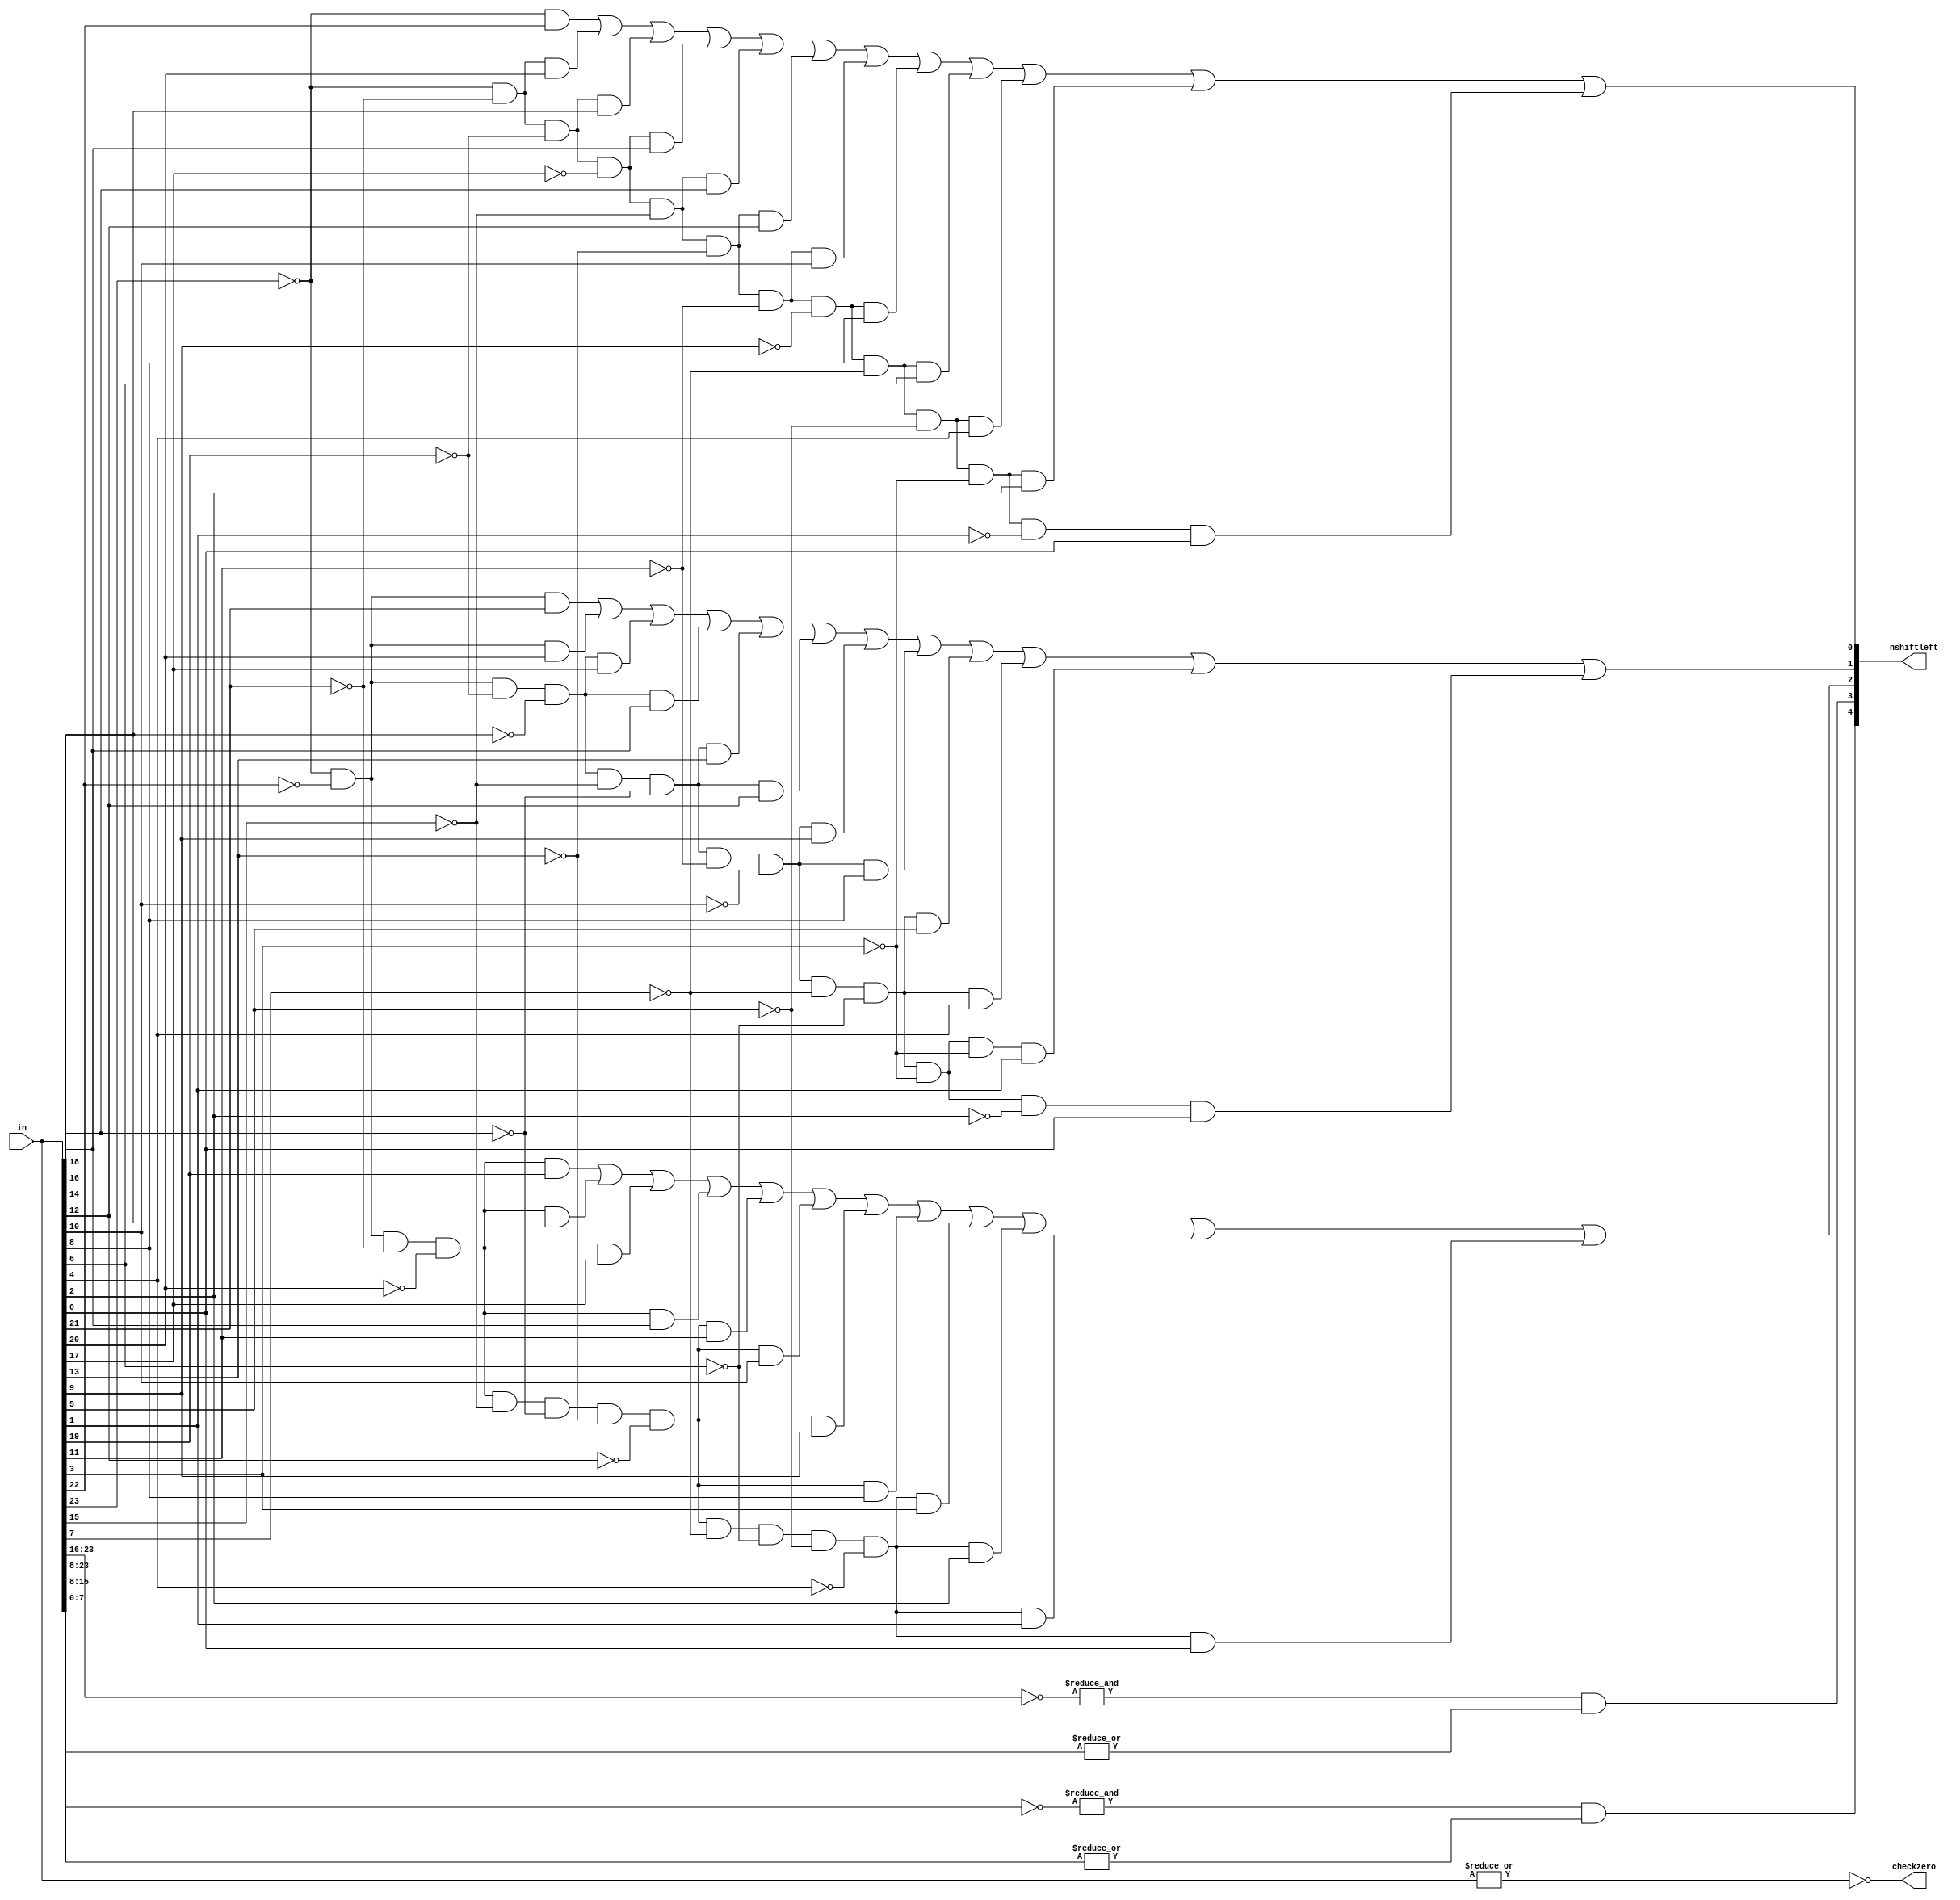
module find1(in, nshiftleft,checkzero);

input	[24:0] 	in;
output	[4:0]	nshiftleft;
output			checkzero;

assign 	checkzero = ~(|(in));
assign 	nshiftleft[0]=	 (~in[23]&in[22])
                        |(~in[23]&~in[21]&in[20])
						|(~in[23]&~in[21]&~in[19]&in[18])
						|(~in[23]&~in[21]&~in[19]&~in[17]&in[16])
						|(~in[23]&~in[21]&~in[19]&~in[17]&~in[15]&in[14])
						|(~in[23]&~in[21]&~in[19]&~in[17]&~in[15]&~in[13]&in[12])
						|(~in[23]&~in[21]&~in[19]&~in[17]&~in[15]&~in[13]&~in[11]&in[10])
						|(~in[23]&~in[21]&~in[19]&~in[17]&~in[15]&~in[13]&~in[11]&~in[9]&in[8])
						|(~in[23]&~in[21]&~in[19]&~in[17]&~in[15]&~in[13]&~in[11]&~in[9]&~in[7]&in[6])
						|(~in[23]&~in[21]&~in[19]&~in[17]&~in[15]&~in[13]&~in[11]&~in[9]&~in[7]&~in[5]&in[4])
						|(~in[23]&~in[21]&~in[19]&~in[17]&~in[15]&~in[13]&~in[11]&~in[9]&~in[7]&~in[5]&~in[3]&in[2])
						|(~in[23]&~in[21]&~in[19]&~in[17]&~in[15]&~in[13]&~in[11]&~in[9]&~in[7]&~in[5]&~in[3]&~in[1]&in[0]);

assign	nshiftleft[1]=  (~in[23]&~in[22]&in[21])
                        |(~in[23]&~in[22]&in[20])
						|(~in[23]&~in[22]&~in[19]&~in[18]&in[17])
						|(~in[23]&~in[22]&~in[19]&~in[18]&in[16])
						|(~in[23]&~in[22]&~in[19]&~in[18]&~in[15]&~in[14]&in[13])
						|(~in[23]&~in[22]&~in[19]&~in[18]&~in[15]&~in[14]&in[12])
						|(~in[23]&~in[22]&~in[19]&~in[18]&~in[15]&~in[14]&~in[11]&~in[10]&in[9])
						|(~in[23]&~in[22]&~in[19]&~in[18]&~in[15]&~in[14]&~in[11]&~in[10]&in[8])
						|(~in[23]&~in[22]&~in[19]&~in[18]&~in[15]&~in[14]&~in[11]&~in[10]&~in[7]&~in[6]&in[5])
						|(~in[23]&~in[22]&~in[19]&~in[18]&~in[15]&~in[14]&~in[11]&~in[10]&~in[7]&~in[6]&in[4])
						|(~in[23]&~in[22]&~in[19]&~in[18]&~in[15]&~in[14]&~in[11]&~in[10]&~in[7]&~in[6]&~in[3]&~in[3]&in[1])
						|(~in[23]&~in[22]&~in[19]&~in[18]&~in[15]&~in[14]&~in[11]&~in[10]&~in[7]&~in[6]&~in[3]&~in[2]&in[0]);

assign	nshiftleft[2]=	(~in[23]&~in[22]&~in[21]&~in[20]&in[19])
                        |(~in[23]&~in[22]&~in[21]&~in[20]&in[18])
						|(~in[23]&~in[22]&~in[21]&~in[20]&in[17])
						|(~in[23]&~in[22]&~in[21]&~in[20]&in[16])
						|(~in[23]&~in[22]&~in[21]&~in[20]&~in[15]&~in[14]&~in[13]&~in[12]&in[11])
						|(~in[23]&~in[22]&~in[21]&~in[20]&~in[15]&~in[14]&~in[13]&~in[12]&in[10])
						|(~in[23]&~in[22]&~in[21]&~in[20]&~in[15]&~in[14]&~in[13]&~in[12]&in[9])
						|(~in[23]&~in[22]&~in[21]&~in[20]&~in[15]&~in[14]&~in[13]&~in[12]&in[8])
						|(~in[23]&~in[22]&~in[21]&~in[20]&~in[15]&~in[14]&~in[13]&~in[12]&~in[7]&~in[6]&~in[5]&~in[4]&in[3])
						|(~in[23]&~in[22]&~in[21]&~in[20]&~in[15]&~in[14]&~in[13]&~in[12]&~in[7]&~in[6]&~in[5]&~in[4]&in[2])
						|(~in[23]&~in[22]&~in[21]&~in[20]&~in[15]&~in[14]&~in[13]&~in[12]&~in[7]&~in[6]&~in[5]&~in[4]&in[1])
						|(~in[23]&~in[22]&~in[21]&~in[20]&~in[15]&~in[14]&~in[13]&~in[12]&~in[7]&~in[6]&~in[5]&~in[4]&in[0]);

assign	nshiftleft[3]=	((&(~in[23:16]))&(|in[15:8]));
assign	nshiftleft[4]=	((&(~in[23:8]))&(|in[7:0]));
endmodule